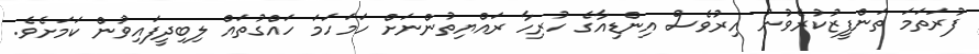
ފުރަތަމަ ތަންފީޒުކުރެވުނު އިރުވެސް އިންޑިއާގެ ހުރިހާ ރައްޔިތުންނަށް ހަމަހަމަ ހައްގުތައް ލިބިދީފައިވުން ކަމަށެވެ.